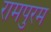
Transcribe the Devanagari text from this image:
रामपुरम